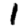
Digit: 1